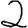
Digit: 2